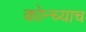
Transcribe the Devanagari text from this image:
कोन्च्याच